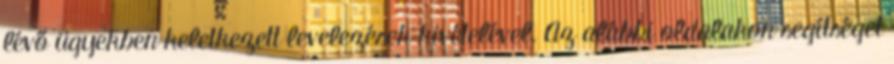
lévő ügyekben keletkezett levelezések kivételével. Az alábbi oldalakon segítséget